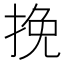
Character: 挽